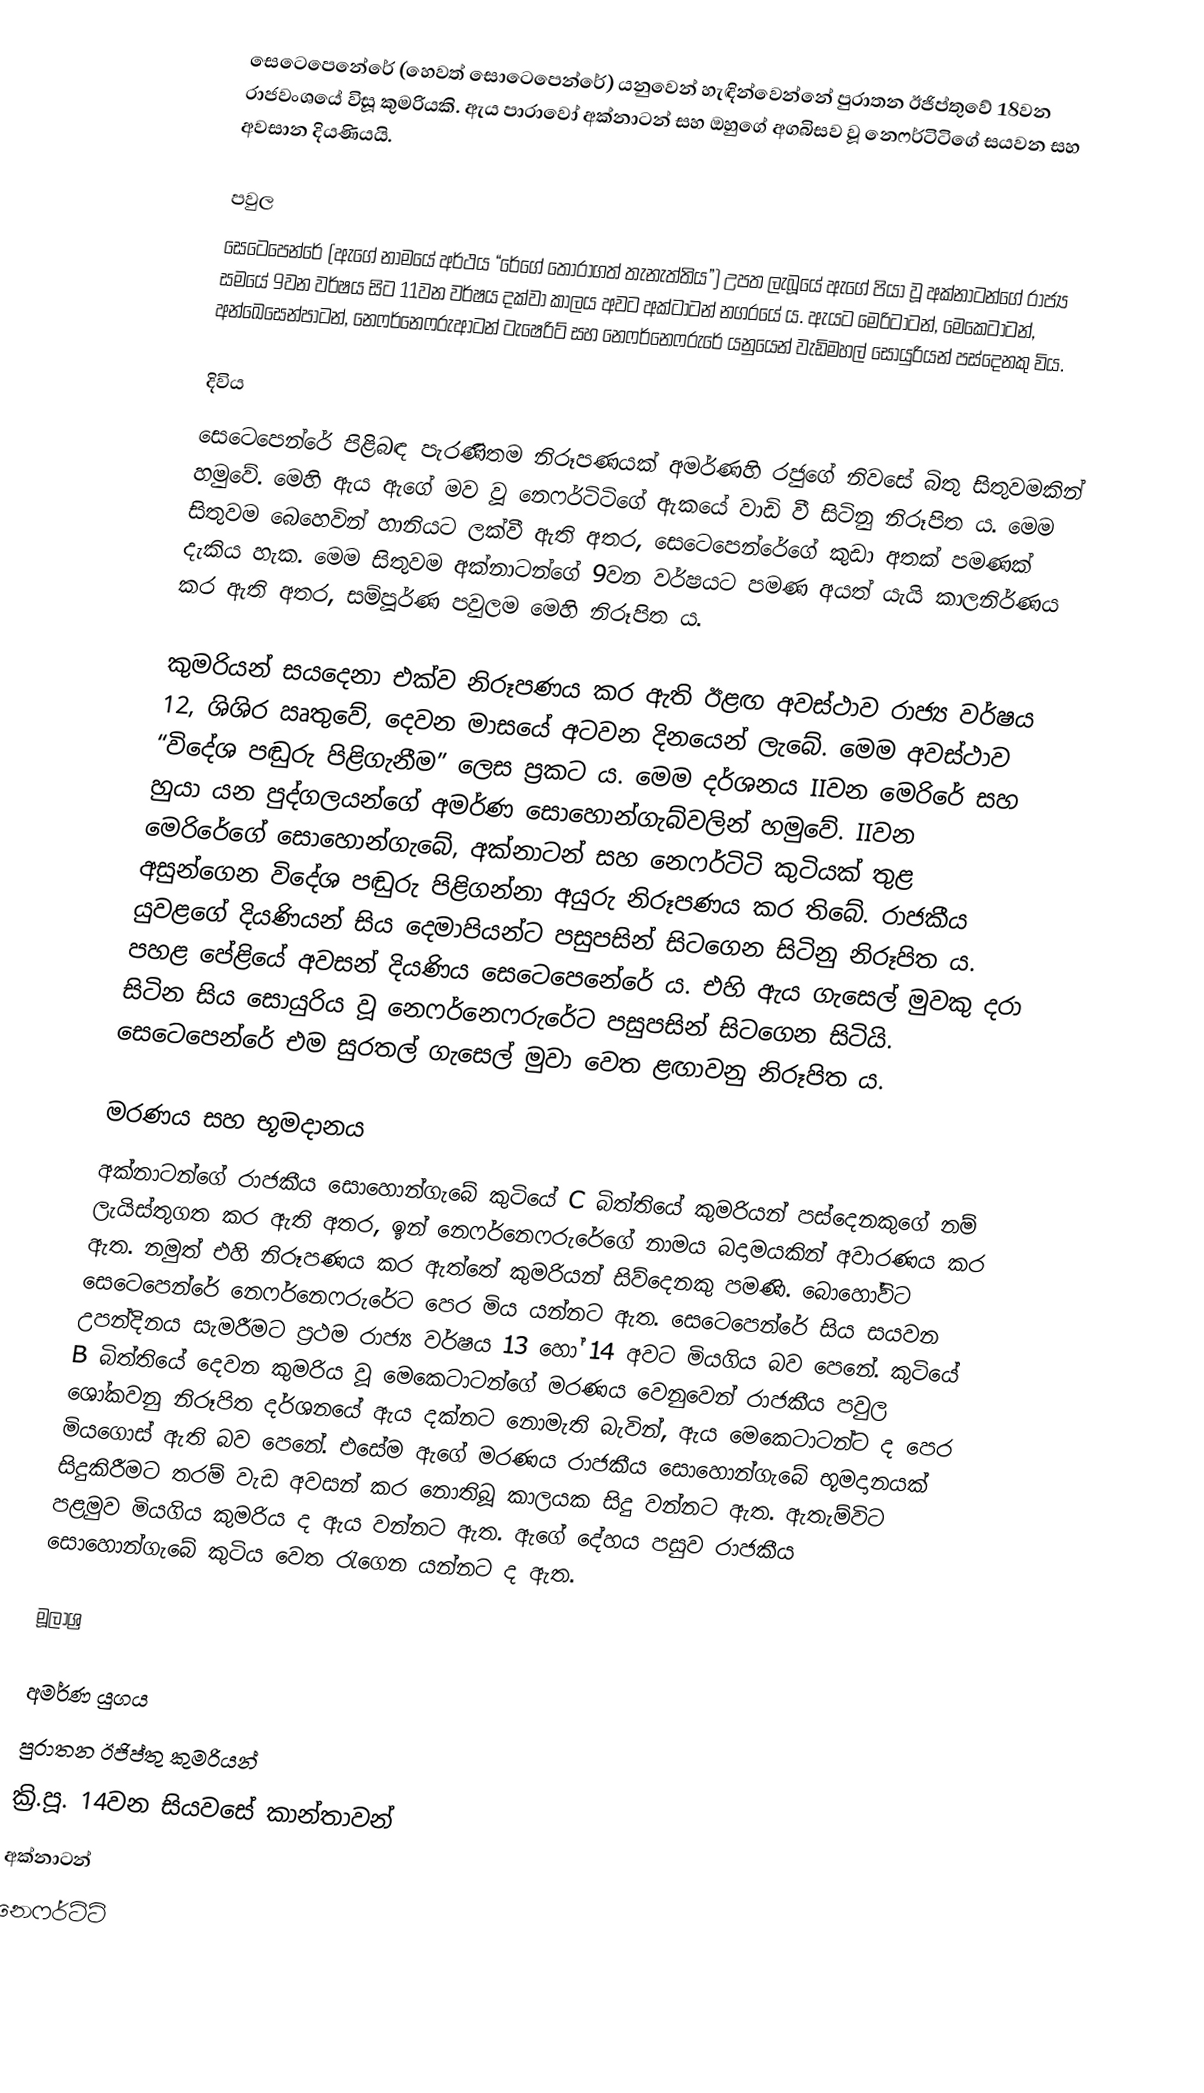
සෙටෙපෙනේරේ (හෙවත් සොටෙපෙන්රේ) යනුවෙන් හැඳින්වෙන්නේ පුරාතන ඊජිප්තුවේ 18වන රාජවංශයේ විසූ කුමරියකි. ඇය පාරාවෝ අක්නාටන් සහ ඔහුගේ අගබිසව වූ නෙෆර්ටිටිගේ සයවන සහ අවසාන දියණියයි.

පවුල
සෙටෙපෙන්රේ (ඇගේ නාමයේ අර්ථය “රේගේ තෝරාගත් තැනැත්තිය”) උපත ලැබූයේ ඇගේ පියා වූ අක්නාටන්ගේ රාජ්‍ය සමයේ 9වන වර්ෂය සිට 11වන වර්ෂය දක්වා කාලය අවට අක්ටාටන් නගරයේ ය. ඇයට මෙරිටාටන්, මෙකෙටාටන්, අන්ඛෙසෙන්පාටන්, නෙෆර්නෙෆරුආටන් ටැෂෙරිට් සහ නෙෆර්නෙෆරුරේ යනුයෙන් වැඩිමහල් සොයුරියන් පස්දෙනකු විය.

දිවිය
සෙටෙපෙන්රේ පිළිබඳ පැරණිතම නිරූපණයක් අමර්ණහි රජුගේ නිවසේ බිතු සිතුවමකින් හමුවේ. මෙහි ඇය ඇගේ මව වූ නෙෆර්ටිටිගේ ඇකයේ වාඩි වී සිටිනු නිරූපිත ය. මෙම සිතුවම බෙහෙවින් හානියට ලක්වී ඇති අතර, සෙටෙපෙන්රේගේ කුඩා අතක් පමණක් දැකිය හැක. මෙම සිතුවම අක්නාටන්ගේ 9වන වර්ෂයට පමණ අයත් යැයි කාලනිර්ණය කර ඇති අතර, සම්පූර්ණ පවුලම මෙහි නිරූපිත ය.

කුමරියන් සයදෙනා එක්ව නිරූපණය කර ඇති ඊළඟ අවස්ථාව රාජ්‍ය වර්ෂය 12, ශිශිර ඍතුවේ, දෙවන මාසයේ අටවන දිනයෙන් ලැබේ. මෙම අවස්ථාව “විදේශ පඬුරු පිළිගැනීම” ලෙස ප්‍රකට ය. මෙම දර්ශනය IIවන මෙරිරේ සහ හුයා යන පුද්ගලයන්ගේ අමර්ණ සොහොන්ගැබ්වලින් හමුවේ. IIවන මෙරිරේ‍ගේ සොහොන්ගැබේ, අක්නාටන් සහ නෙෆර්ටිටි කුටියක් තුළ අසුන්ගෙන විදේශ පඬුරු පිළිගන්නා අයුරු නිරූපණය කර තිබේ. රාජකීය යුවළගේ දියණියන් සිය දෙමාපියන්ට පසුපසින් සිටගෙන සිටිනු නිරූපිත ය. පහළ පේළියේ අවසන් දියණිය සෙටෙපෙනේරේ ය. එහි ඇය ගැසෙල් මුවකු දරා සිටින සිය සොයුරිය වූ නෙෆර්නෙෆරුරේට පසුපසින් සිටගෙන සිටියි. සෙටෙපෙන්රේ එම සුරතල් ගැසෙල් මුවා වෙත ළඟාවනු නිරූපිත ය.

මරණය සහ භූමදානය
අක්නාටන්ගේ රාජකීය සොහොන්ගැබේ  කුටියේ C බිත්තියේ කුමරියන් පස්දෙනකුගේ නම් ලැයිස්තුගත කර ඇති අතර, ඉන් නෙෆර්නෙෆරුරේගේ නාමය බදාමයකින් අවාරණය කර ඇත. නමුත් එහි නිරූපණය කර ඇත්තේ කුමරියන් සිව්දෙනකු පමණි. බොහෝවිට සෙටෙපෙන්රේ නෙෆර්නෙෆරුරේට පෙර මිය යන්නට ඇත. සෙටෙපෙන්රේ සිය සයවන උපන්දිනය සැමරීමට ප්‍රථම රාජ්‍ය වර්ෂය 13 හෝ 14 අවට මියගිය බව පෙනේ.  කුටියේ B බිත්තියේ දෙවන කුමරිය වූ මෙකෙටාටන්ගේ මරණය වෙනුවෙන් රාජකීය පවුල ශෝකවනු නිරූපිත දර්ශ‍නයේ ඇය දක්නට නොමැති බැවින්, ඇය මෙකෙටාටන්ට ද පෙර මියගොස් ඇති බව පෙනේ. එසේම ඇගේ මරණය රාජකීය සොහොන්ගැබේ භූමදානයක් සිදුකිරීමට තරම් වැඩ අවසන් කර නොතිබූ කාලයක සිදු වන්නට ඇත. ඇතැම්විට පළමුව මියගිය කුමරිය ද ඇය වන්නට ඇත. ඇගේ දේහය පසුව රාජකීය සොහොන්ගැබේ  කුටිය වෙත රැගෙන යන්නට ද ඇත.

මූලාශ්‍ර

අමර්ණ යුගය
පුරාතන ඊජිප්තු කුමරියන්
ක්‍රි.පූ. 14වන සියවසේ කාන්තාවන්
අක්නාටන්
නෙෆර්ටිටි